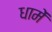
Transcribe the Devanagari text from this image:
धामें